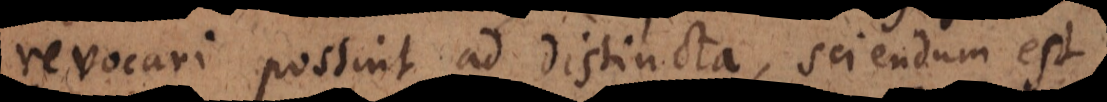
revocari possint ad distincta, sciendum est